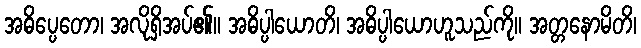
အဓိပ္ပေတော၊ အလိုရှိအပ်၏။ အဓိပ္ပါယောတိ၊ အဓိပ္ပါယောဟူသည်ကို။ အတ္တနောမိတိ၊